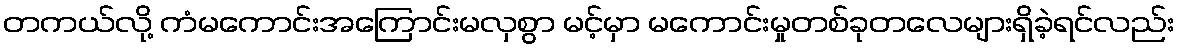
တကယ်လို့ ကံမကောင်းအကြောင်းမလှစွာ မင့်မှာ မကောင်းမှုတစ်ခုတလေများရှိခဲ့ရင်လည်း